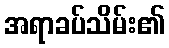
အရာခပ်သိမ်း၏